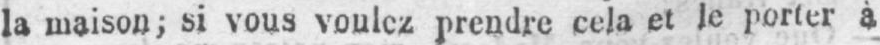
la maison; si vous voulez prendre cela et le porter à